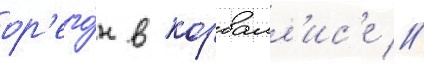
ор'его́н в корвалл'ис'е //